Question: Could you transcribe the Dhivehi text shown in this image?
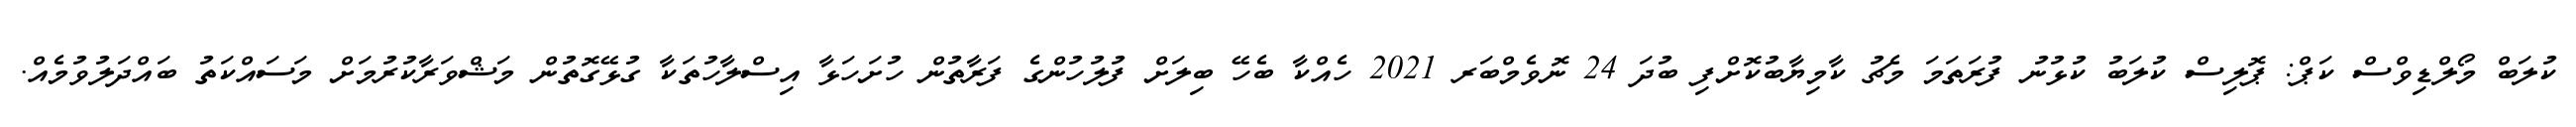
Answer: ކުލަބް މޯލްޑިވްސް ކަޕް: ޕޮލިސް ކުލަބު ކުޅުނު ފުރަތަމަ މެޗު ކާމިޔާބުކޮށްފި ބުދަ 24 ނޮވެމްބަރ 2021 ހެއްކާ ބެހޭ ބިލަށް ފުލުހުންގެ ފަރާތުން ހުށަހަޅާ އިސްލާހުތަކާ ގުޅޭގޮތުން މަޝްވަރާކުރުމަށް މަސައްކަތު ބައްދަލުވުމެއް.